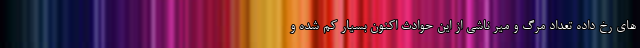
های رخ داده تعداد مرگ و میر ناشی از این حوادث اکنون بسیار کم شده و